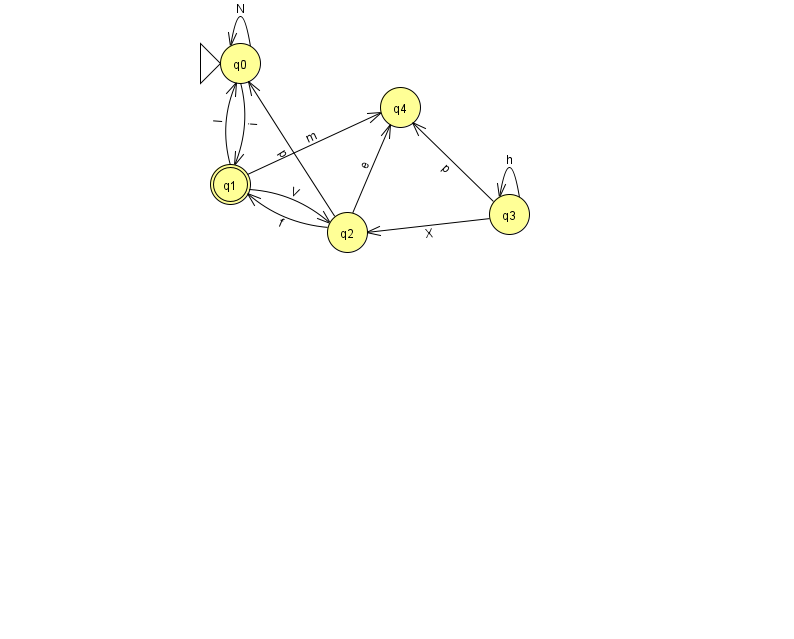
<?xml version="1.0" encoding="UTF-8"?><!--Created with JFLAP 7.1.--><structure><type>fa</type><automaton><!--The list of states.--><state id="0" name="q0"><x>240.0</x><y>50.0</y><initial/></state><state id="1" name="q1"><x>230.0</x><y>171.0</y><final/></state><state id="2" name="q2"><x>347.0</x><y>219.0</y></state><state id="3" name="q3"><x>509.0</x><y>201.0</y></state><state id="4" name="q4"><x>400.0</x><y>94.0</y></state><!--The list of transitions.--><transition><from>2</from><to>4</to><read>e</read></transition><transition><from>3</from><to>4</to><read>p</read></transition><transition><from>1</from><to>4</to><read>m</read></transition><transition><from>0</from><to>1</to><read>i</read></transition><transition><from>1</from><to>0</to><read>I</read></transition><transition><from>3</from><to>3</to><read>h</read></transition><transition><from>2</from><to>0</to><read>p</read></transition><transition><from>1</from><to>2</to><read>V</read></transition><transition><from>2</from><to>1</to><read>f</read></transition><transition><from>3</from><to>2</to><read>X</read></transition><transition><from>0</from><to>0</to><read>N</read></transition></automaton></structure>